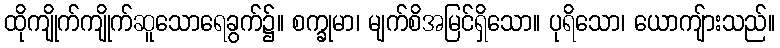
ထိုကျိုက်ကျိုက်ဆူသောရေခွက်၌။ စက္ခုမာ၊ မျက်စိအမြင်ရှိသော။ ပုရိသော၊ ယောကျ်ားသည်။